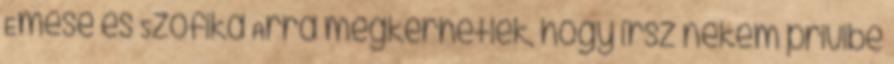
Emese és Szofika Arra megkérhetlek, hogy írsz nekem privibe